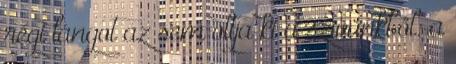
régi lángot az sem oltja ki a szívünkből: a